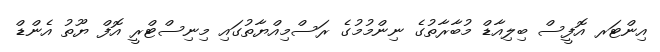
އިންޓަރ އޮފީސް ބިލިއާޑް މުބާރާތުގެ ނިންމުމުގެ ރަސްމިއްޔާތުގައި މިނިސްޓްރީ އޮފް ޔޫތު އެންޑް